Report on vaccination in the Province of Bengal - 1874-1889
Year: 1874
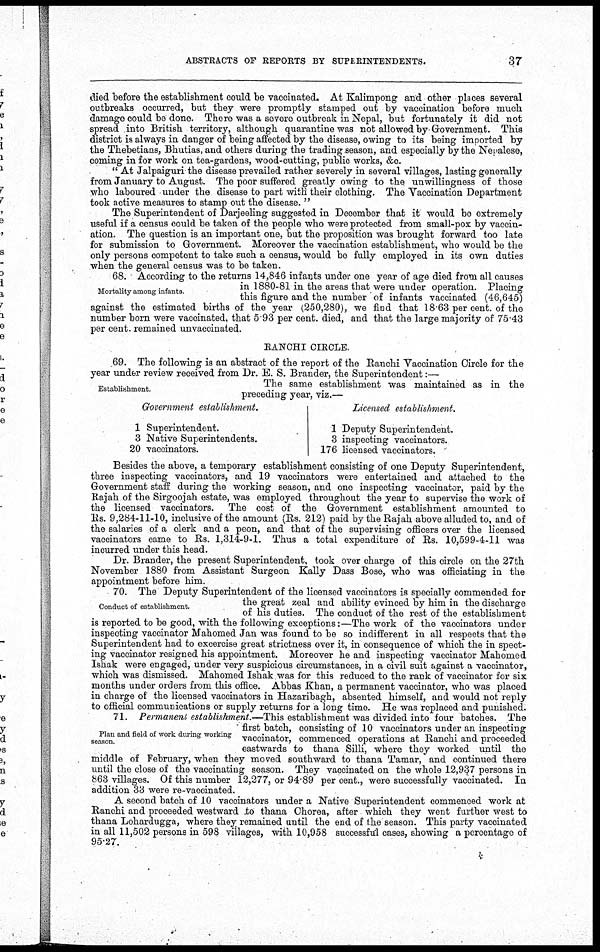
ABSTRACTS OF REPORTS BY SUPERINTENDENTS.
37
died before the establishment could be vaccinated. At Kalimpong and other places several
outbreaks occurred, but they were promptly stamped out by vaccination before much
damage could be done. There was a severe outbreak in Nepal, but fortunately it did not
spread into British territory, although quarantine was not allowed by Government. This
district is always in danger of being affected by the disease, owing to its being imported by
the Thebetians, Bhutias, and others during the trading season, and especially by the Nepalese,
coming in for work on tea-gardens, wood-cutting, public works, &c.
" At Jalpaiguri the disease prevailed rather severely in several villages, lasting generally
from January to August. The poor suffered greatly owing to the unwillingness of those
who laboured under the disease to part with their clothing. The Vaccination Department
took active measures to stamp out the disease. "
The Superintendent of Darjeeling suggested in December that it would be extremely
useful if a census could be taken of the people who were protected from small-pox by vaccin-
ation. The question is an important one, but the proposition was brought forward too late
for submission to Government. Moreover the vaccination establishment, who would be the
only persons competent to take such a census, would be fully employed in its own duties
when the general census was to be taken.
Mortality among infants.
68. According to the returns 14,846 infants under one year of age died from all causes
in 1880-81 in the areas that were under operation. Placing
this figure and the number of infants vaccinated (46,645)
against the estimated births of the year (250,280), we find that 18 63 per cent. of the
number born were vaccinated, that 5 93 per cent. died, and that the large majority of 75.43
per cent. remained unvaccinated.
RANCHI CIRCLE.
69. The following is an abstract of the report of the Ranchi Vaccination Circle for the
year under review received from Dr. E. S. Brander, the Superintendent:—
Establishment.
The same establishment was maintained as in the
preceding year, viz.—
Government establishment.
1 Superintendent.
3 Native Superintendents.
20 vaccinators.
Licensed establishment.
1 Deputy Superintendent.
3 inspecting vaccinators.
176 licensed vaccinators.
Besides the above, a temporary establishment consisting of one Deputy Superintendent,
three inspecting vaccinators, and 19 vaccinators were entertained and attached to the
Government staff during the working season, and one inspecting vaccinator, paid by the
Rajah of the Sirgoojah estate, was employed throughout the year to supervise the work of
the licensed vaccinators. The cost of the Government establishment amounted to
Rs. 9,284-11-10, inclusive of the amount (Rs. 212) paid by the Rajah above alluded to, and of
the salaries of a clerk and a peon, and that of the supervising officers over the licensed
vaccinators came to Rs. 1,314-9-1. Thus a total expenditure of Rs. 10,599-4-11 was
incurred under this head.
Dr. Brander, the present Superintendent, took over charge of this circle on the 27th
November 1880 from Assistant Surgeon Kally Dass Bose, who was officiating in the
appointment before him.
Conduct of establishment.
70. The Deputy Superintendent of the licensed vaccinators is specially commended for
the great zeal and ability evinced by him in the discharge
of his duties. The conduct of the rest of the establishment
is reported to be good, with the following exceptions:—The work of the vaccinators under
inspecting vaccinator Mahomed Jan was found to be so indifferent in all respects that the
Superintendent had to excercise great strictness over it, in consequence of which the in spect-
ing vaccinator resigned his appointment. Moreover he and inspecting vaccinator Mahomed
Ishak were engaged, under very suspicious circumstances, in a civil suit against a vaccinator,
which was dismissed. Mahomed Ishak was for this reduced to the rank of vaccinator for six
months under orders from this office. Abbas Khan, a permanent vaccinator, who was placed
in charge of the licensed vaccinators in Hazaribagh, absented himself, and would not reply
to official communications or supply returns for a long time. He was replaced and punished.
Plan and field of work during working
season.
71. Permanent establishment.—This establishment was divided into four batches. The
first batch, consisting of 10 vaccinators under an inspecting
vaccinator, commenced operations at Ranchi and proceeded
eastwards to thana Silli, where they worked until the
middle of February, when they moved southward to thana Tamar, and continued there
until the close of the vaccinating season. They vaccinated on the whole 12,937 persons in
863 villages. Of this number 12,277, or 94.89 per cent., were successfully vaccinated. In
addition 33 were re-vaccinated.
A second batch of 10 vaccinators under a Native Superintendent commenced work at
Ranchi and proceeded westward to thana Chorea, after which they went further west to
thana Lohardugga, where they remained until the end of the season. This party vaccinated
in all 11,502 persons in 598 villages, with 10,958 successful cases, showing a percentage of
95.27.